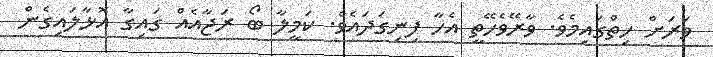
ވަރަށް ހިތްގައިމެވެ. ވާރޭވެހޭތީ އެހާ ފިނިގަދައެވެ. ކަމީލާ ބޯ ރަޖާއެއް ގައިގާ އޮޅާލައިގެން